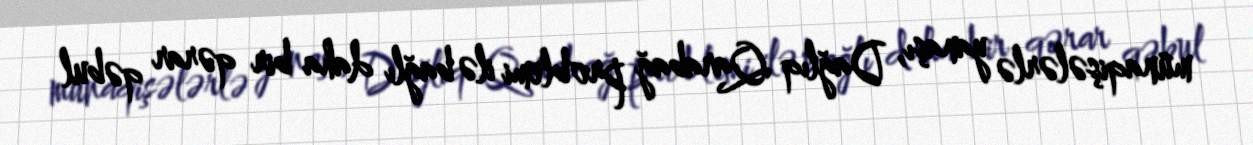
münaqişələrlə yanaşı, Dağlıq Qarabağ problemi ilə bağlı daha bir qərar qəbul